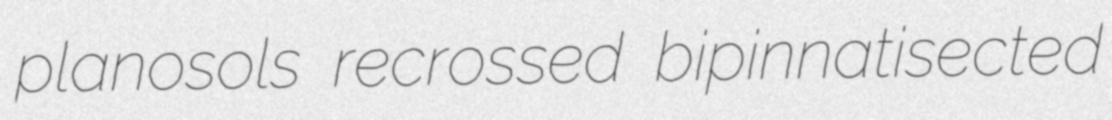
planosols recrossed bipinnatisected